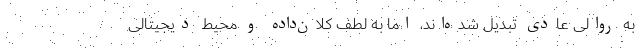
به روالی عادی تبدیل شده‌اند، اما به لطف کلان‌داده و محیط دیجیتالی